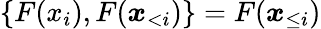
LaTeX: \{ F(x_{i}),F(\boldsymbol x_{<i})\} =F(\boldsymbol x_{\le i})